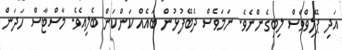
އަދި ޕޭލިވްވެސް ލިބިގެންނެވެ. ނަމަވެސް ދެބޭފުޅުން ބައެއް ކަންކަން ބެލިއެވެ. މާސްޓާސް ހަދަން